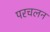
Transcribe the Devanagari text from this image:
परचलन